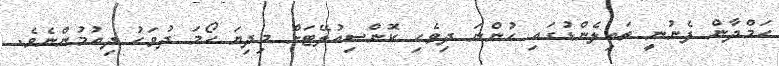
ހަމްދާން ފެނުނީ ތައިލެންޑުގައި ހުންނަ ދިވެހި ކޮންސިއުލޭޓަށް މިދިޔަ ހޯމަ ދުވަހު ދިއުމުންނެވެ.